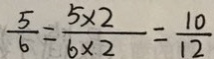
\frac { 5 } { 6 } = \frac { 5 \times 2 } { 6 \times 2 } = \frac { 1 0 } { 1 2 }